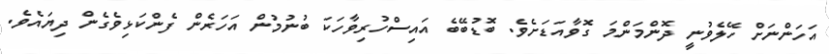
އަހަންނަށް ހޭލެވުނީ ދޮންމަންމަ ގޮވާއަޑަށެވެ. ބޮޑުބޭބެ އައިސްހުރިވާހަކަ ބުނުމުން އަހަރެން ފެންކަޅިވެގެން ދިޔައެވެ.